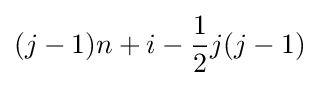
(j-1)n+i-{\frac {1}{2}}j(j-1)